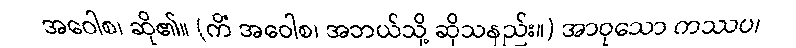
အဝေါစ၊ ဆို၏။ (ကိံ အဝေါစ၊ အဘယ်သို့ ဆိုသနည်း။) အာဝုသော ကဿပ၊